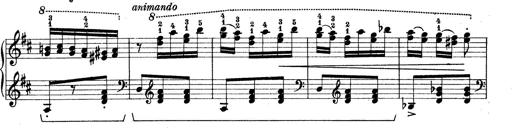
Title: Rapsodie: 19 ungheresi, 1 spagnuola
Composer: Franz Liszt